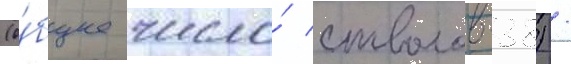
(о́бщее число́ стволов-38) /